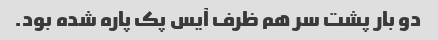
دو بار پشت سر هم ظرف آیس پک پاره شده بود.